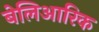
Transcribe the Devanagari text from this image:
बेलिआरिक